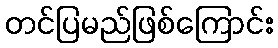
တင်ပြမည်ဖြစ်ကြောင်း